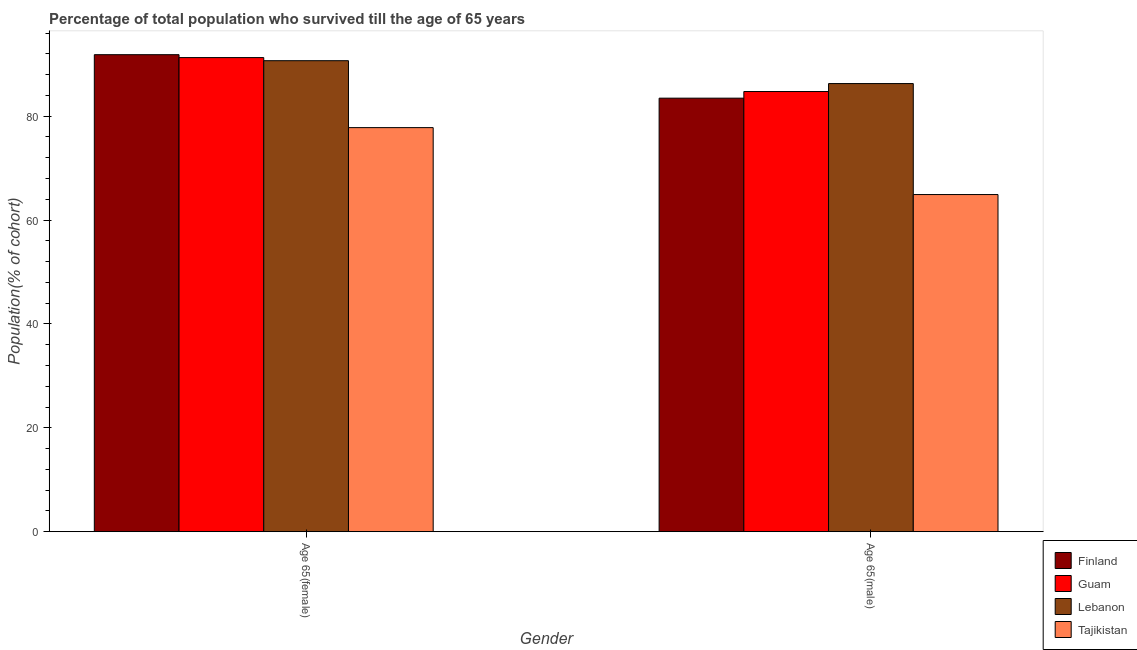
| Gender | Finland | Guam | Lebanon | Tajikistan |
 | --- | --- | --- | --- | --- |
 | Age 65(female) | 91.8 | 91.3 | 90.7 | 77.8 |
 | Age 65(male) | 83.5 | 84.7 | 86.3 | 64.9 |